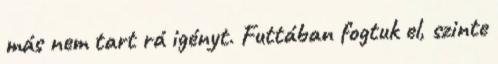
más nem tart rá igényt. Futtában fogtuk el, szinte